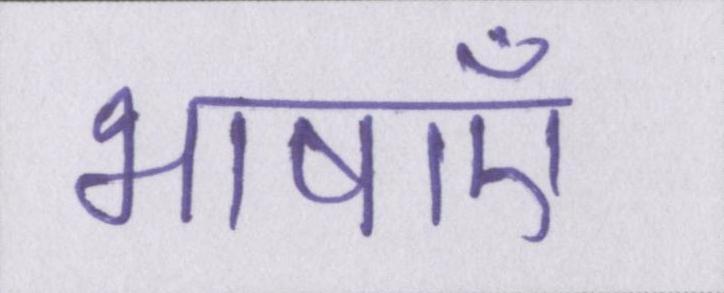
भाषाएँ